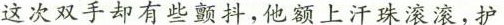
这次双手却有些颤抖，他额上汗珠滚滚，护